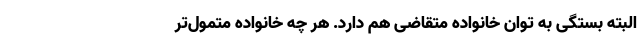
البته بستگی به توان خانواده متقاضی هم دارد. هر چه خانواده متمول‌تر